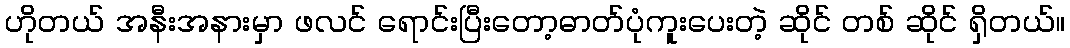
ဟိုတယ် အနီးအနားမှာ ဖလင် ရောင်းပြီးတော့ဓာတ်ပုံကူးပေးတဲ့ ဆိုင် တစ် ဆိုင် ရှိတယ်။